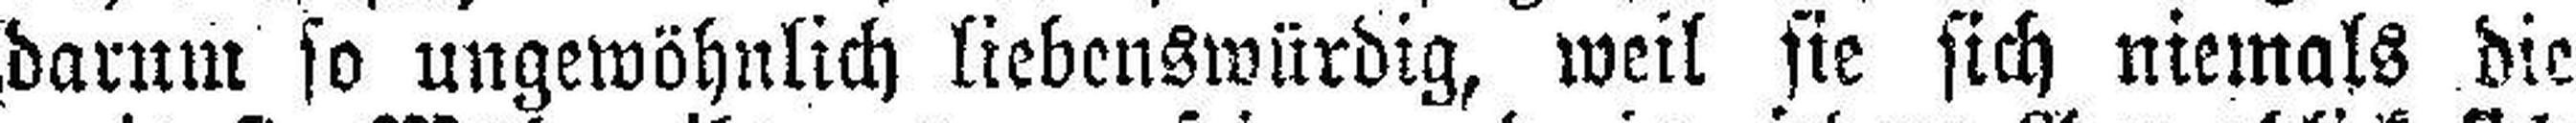
darum so ungewöhnlich liebenswürdig, weil sie sich niemals die